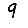
Digit: 9